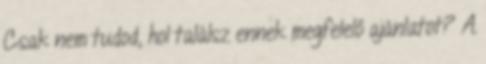
Csak nem tudod, hol találsz ennek megfelelő ajánlatot? A